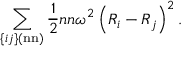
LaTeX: \sum _ { \{ i j \} ( \mathrm { n n } ) } { \frac { 1 } { 2 } } n n \omega ^ { 2 } \left( R _ { i } - R _ { j } \right) ^ { 2 } .